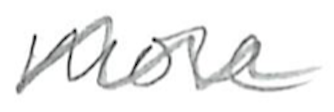
Text: more
Cross-out: mix
Writing tool: pencil